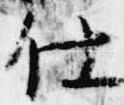
仕